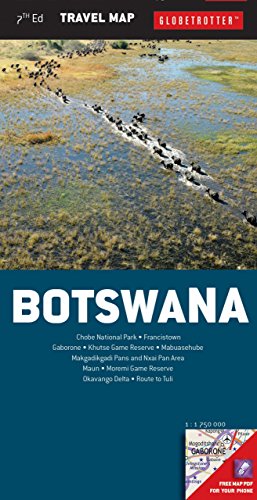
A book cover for Botswana Travel Map (Globetrotter Travel Map); Globetrotter; Travel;